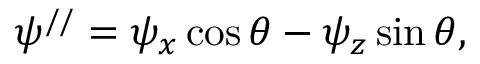
\psi ^ { / / } = \psi _ { x } \cos \theta - \psi _ { z } \sin \theta ,